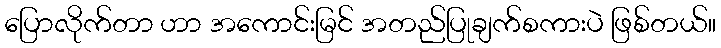
ပြောလိုက်တာ ဟာ အကောင်းမြင် အတည်ပြုချက်စကားပဲ ဖြစ်တယ်။